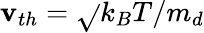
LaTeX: \mathbf{v}_{th}=\sqrt{}{{k_{B}T/m_{d}}}